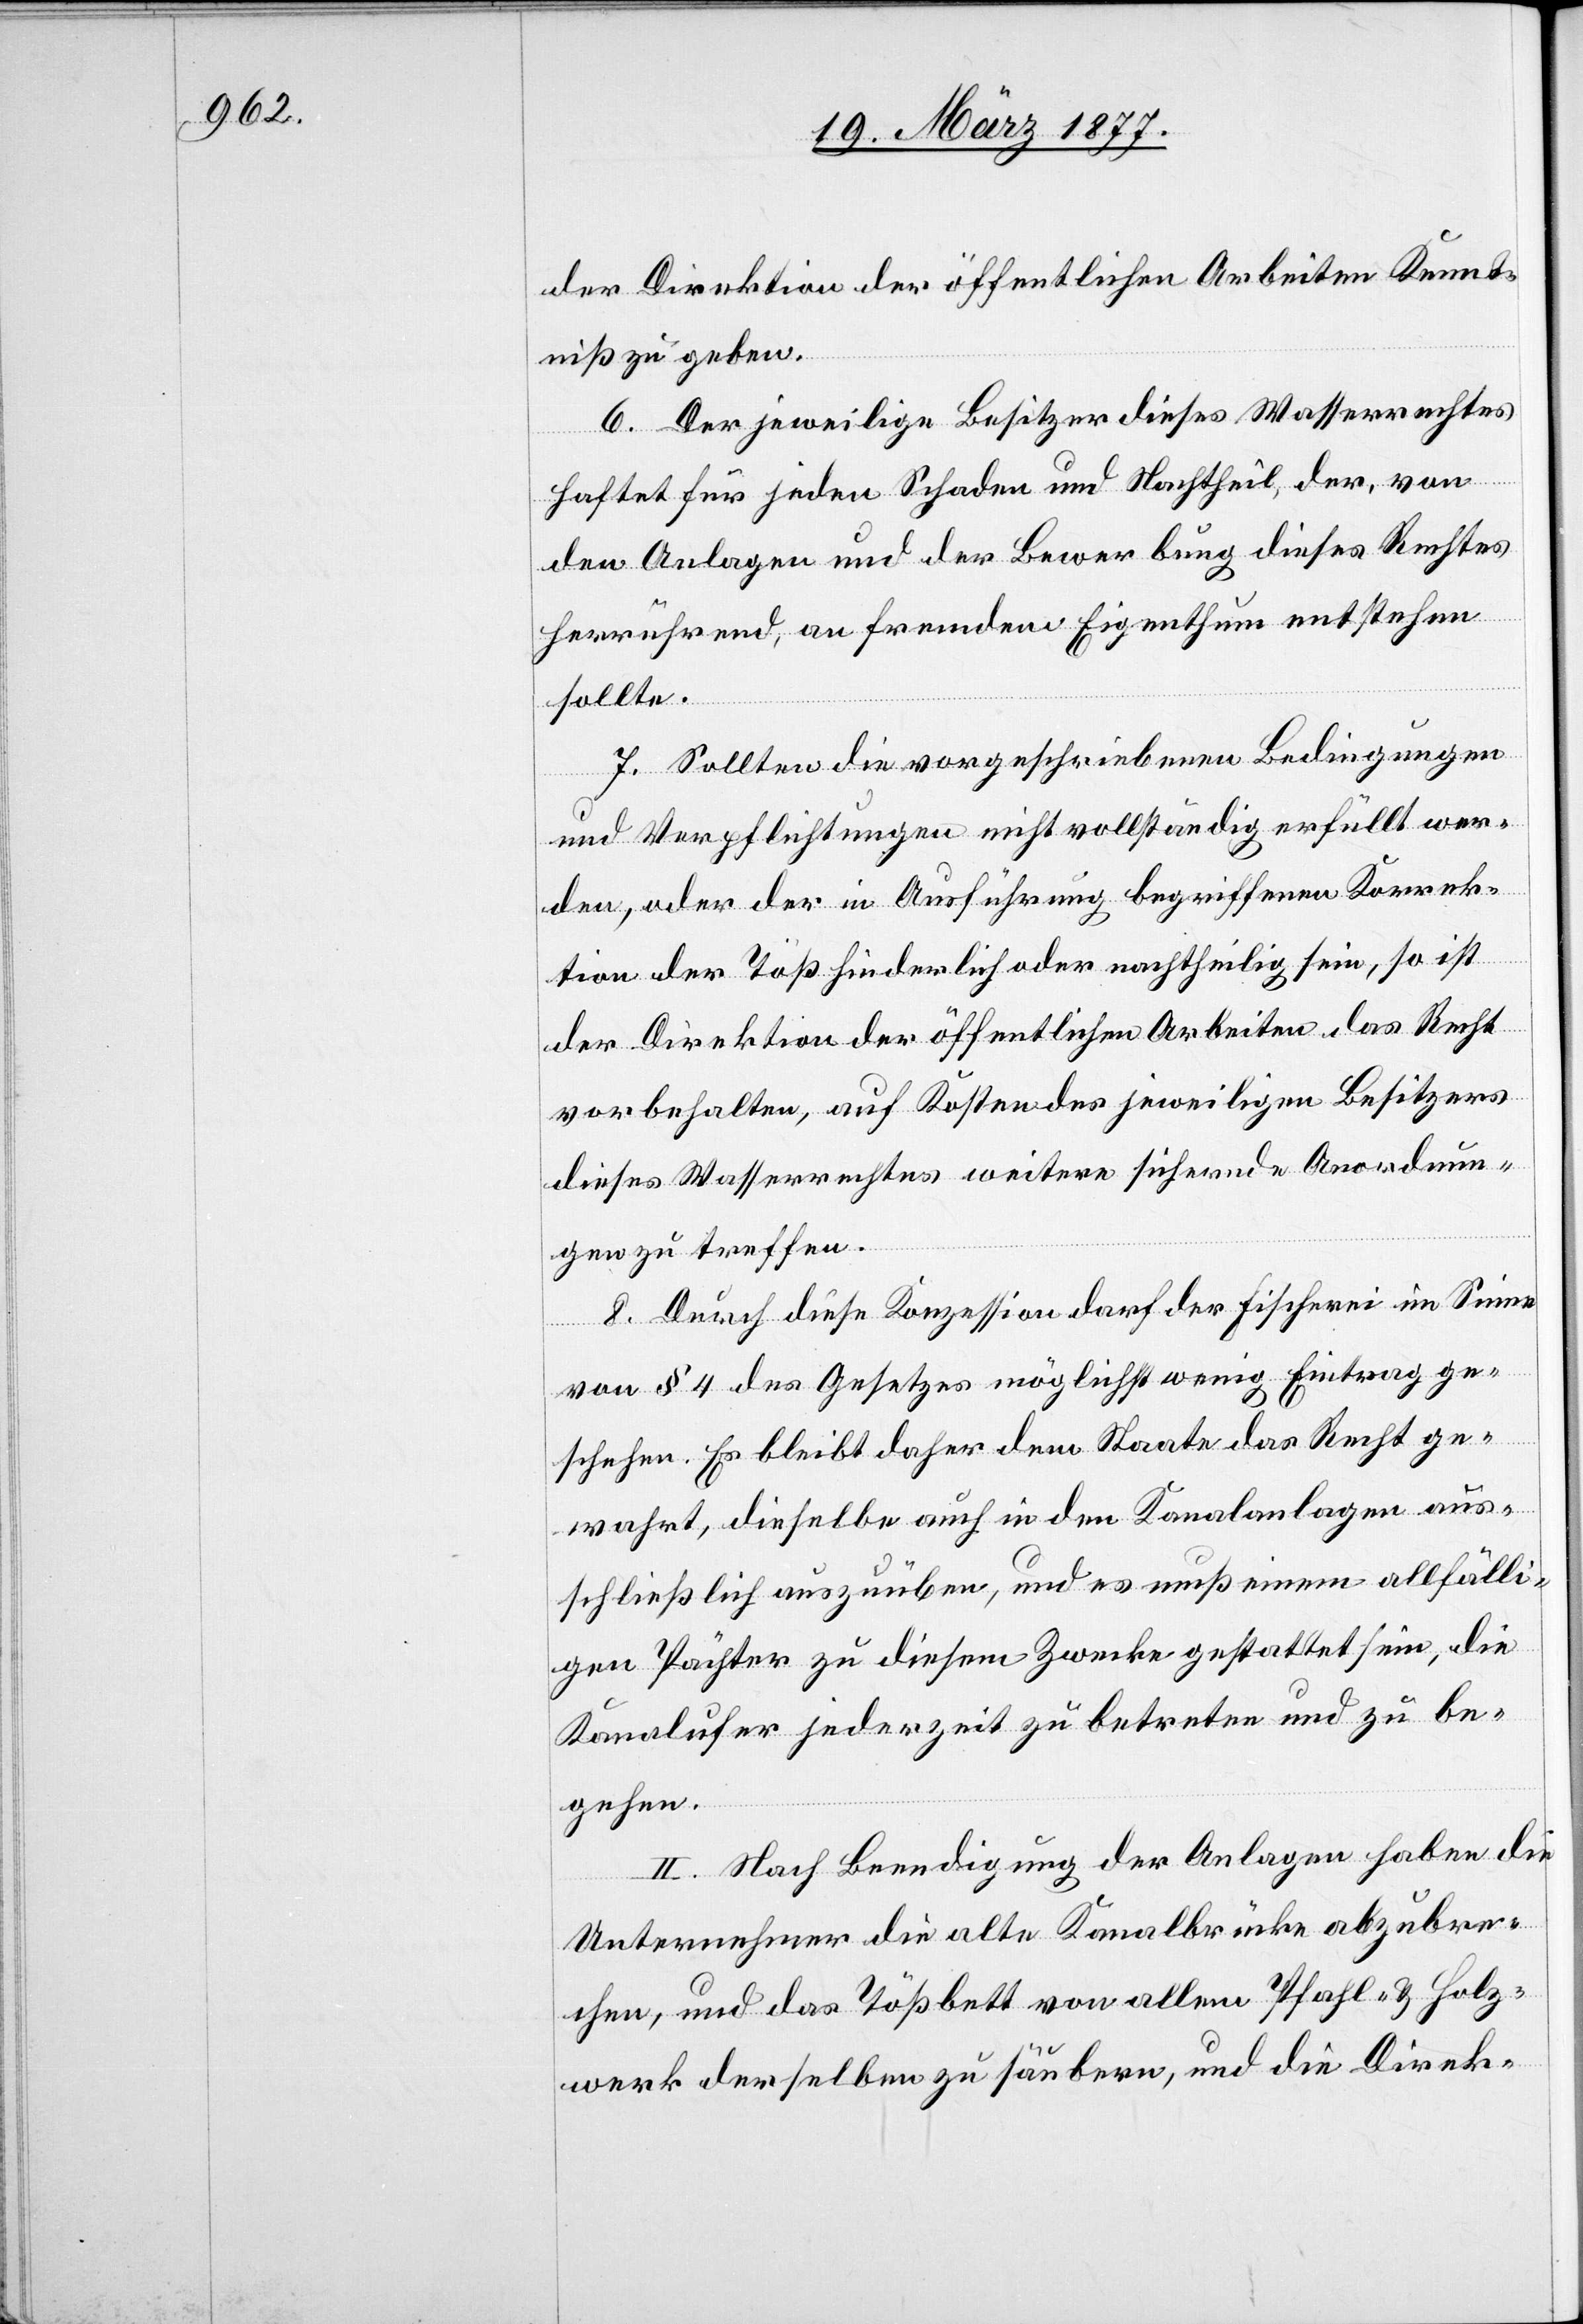
der Direktion der öffentlichen Arbeiten Kennt¬
niß zu geben.
6. Der jeweilige Besitzer dieses Wasserrechtes
haftet für jeden Schaden und Nachtheil, der, von
den Anlagen und der Bewerbung dieses Rechtes
herrührend, an fremdem Eigenthum entstehen
sollte.
7. Sollten die vorgeschriebenen Bedingungen
und Verpflichtungen nicht vollständig erfüllt wer¬
den, oder der in Ausführung begriffenen Korrek¬
tion der Töß hinderlich oder nachtheilig sein, so ist
der Direktion der öffentlichen Arbeiten das Recht
vorbehalten, auf Kosten des jeweiligen Besitzers
dieses Wasserrechtes weitere sichernde Anordnun¬
gen zu treffen.
8. Durch diese Konzession darf der Fischerei im Sinne
von § 4 des Gesetzes möglichst wenig Eintrag ge¬
schehen. Es bleibt daher dem Staate das Recht ge¬
wahrt, dieselbe auch in den Kanalanlagen aus¬
schließlich auszuüben, und es muß einem allfälli¬
gen Pächter zu diesem Zwecke gestattet sein, die
Kanalufer jederzeit zu betreten und zu be¬
gehen.
II. Nach Beendigung der Anlagen haben die
Unternehmer die alte Kanalbrücke abzubre¬
chen, und das Tößbett von allem Pfahl- & Holz¬
werk derselben zu säubern, und die Direk-